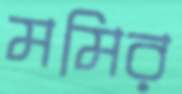
মমির